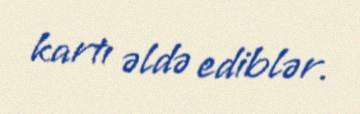
kartı əldə ediblər.